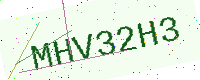
Text: MHV32H3